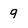
Character: 9